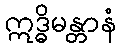
ဣဒ္ဓိမန္တာနံ